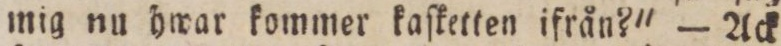
mig nu hwar kommer kaſketten ifrån?' — Ack